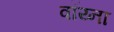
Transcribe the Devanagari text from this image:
वॉय्ना